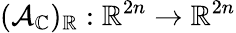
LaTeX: (\mathcal{A}_{\mathbb{C}})_{\mathbb{R}}:\mathbb{R}^{2n}\to\mathbb{R}^{2n}